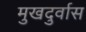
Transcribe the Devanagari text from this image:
मुखदुर्वास